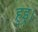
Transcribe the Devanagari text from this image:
हुइ्र।